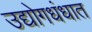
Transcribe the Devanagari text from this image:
उद्योगधंधात